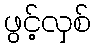
ဖွင့်လှစ်